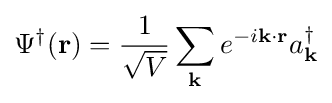
\Psi ^{\dagger }(\mathbf {r} )={1 \over {\sqrt {V}}}\sum _{\mathbf {k} }e^{-i\mathbf {k\cdot r} }a_{\mathbf {k} }^{\dagger }